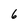
Character: 6